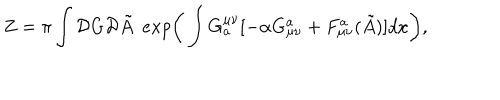
Z = \pi \int { \cal D } G { \cal D } \tilde { A } ~ ~ e x p \bigg ( \int G _ { a } ^ { \mu \nu } [ - \alpha G _ { \mu \nu } ^ { a } + F _ { \mu \nu } ^ { a } ( \tilde { A } ) ] d x \bigg ) ,